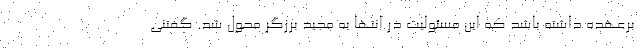
برعهده داشته باشد که این مسئولیت در انتها به مجید برزگر محول شد. گفتنی